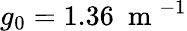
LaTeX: g_{0}=1.36~\mathrm{~m~}^{-1}